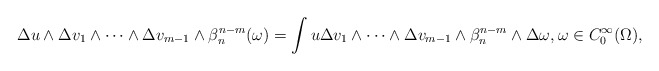
\begin{align*}\Delta u\wedge\Delta v_1\wedge\dots\wedge \Delta v_{m-1}\wedge\beta_n^{n-m}(\omega) =\int u\Delta v_1\wedge\dots\wedge \Delta v_{m-1}\wedge\beta_n^{n-m}\wedge\Delta \omega, \omega \in C_0^{\infty}(\Omega), \end{align*}